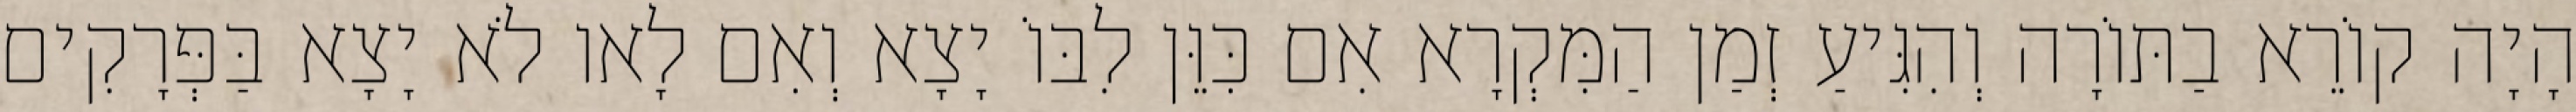
הָיָה קוֹרֵא בַתּוֹרָה וְהִגִּיעַ זְמַן הַמִּקְרָא אִם כִּוֵּן לִבּוֹ יָצָא וְאִם לָאו לֹא יָצָא בַּפְּרָקִים